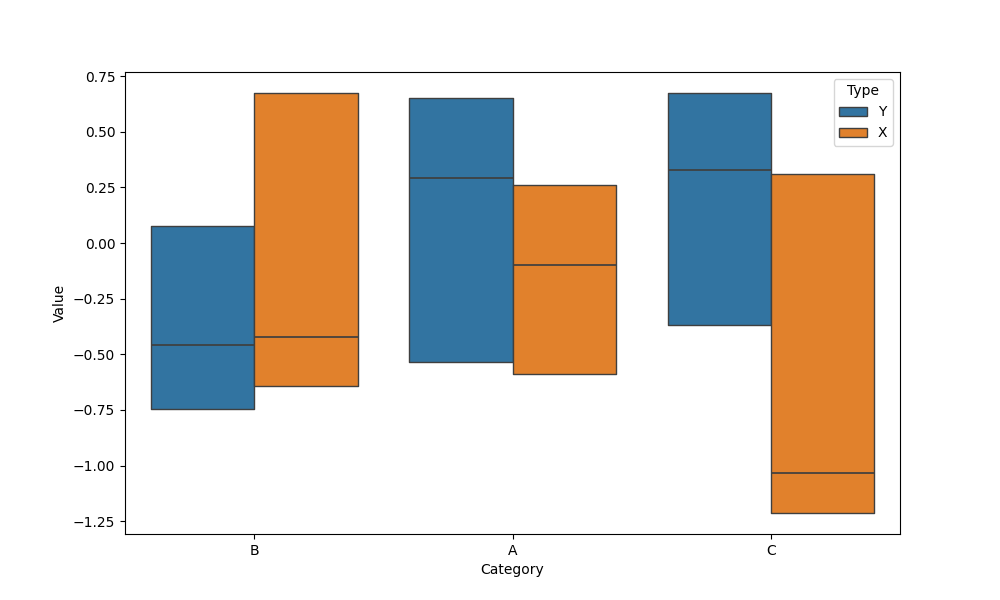
python, seaborn, boxenplot, k_depth='tukey', linewidth=1, scale='exponential', outlier_prop=0.2, showfliers=False